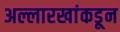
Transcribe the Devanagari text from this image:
अल्लारखांकडून